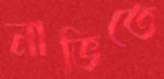
নাভিতে